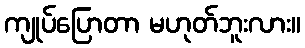
ကျုပ်ပြောတာ မဟုတ်ဘူးလား။